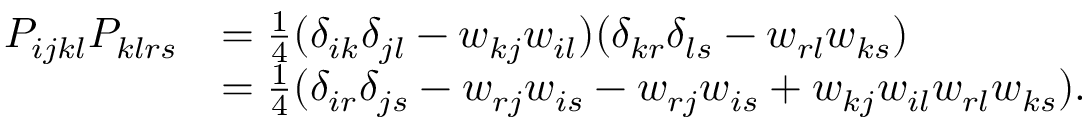
\begin{array} { r l } { P _ { i j k l } P _ { k l r s } } & { = \frac { 1 } { 4 } ( \delta _ { i k } \delta _ { j l } - w _ { k j } w _ { i l } ) ( \delta _ { k r } \delta _ { l s } - w _ { r l } w _ { k s } ) } \\ & { = \frac { 1 } { 4 } ( \delta _ { i r } \delta _ { j s } - w _ { r j } w _ { i s } - w _ { r j } w _ { i s } + w _ { k j } w _ { i l } w _ { r l } w _ { k s } ) . } \end{array}